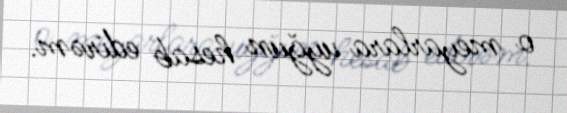
o meyarlara uyğun hesab edirəm.